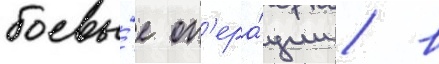
боевы́е оп'ера́ции / в